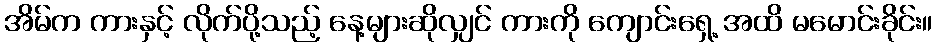
အိမ်က ကားနှင့် လိုက်ပို့သည့် နေ့များဆိုလျှင် ကားကို ကျောင်းရှေ့ အထိ မမောင်းခိုင်း။